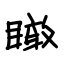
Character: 瞰